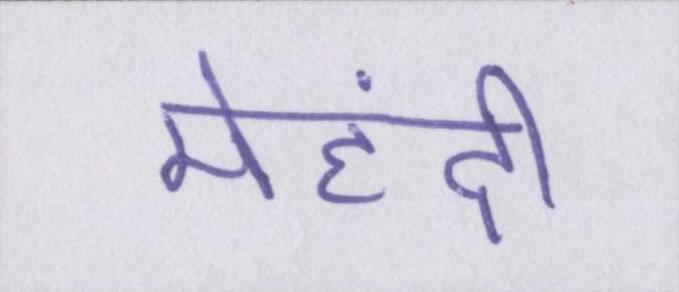
मेहंदी